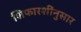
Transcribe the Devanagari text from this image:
शिफारशींनुसार